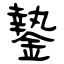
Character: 䥍